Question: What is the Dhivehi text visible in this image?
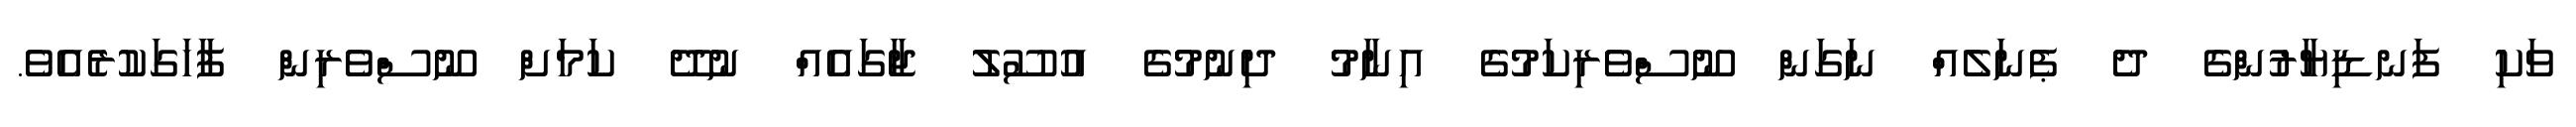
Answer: ވަކި ފަނޑިޔާރުންގެ ދެ ޕެނަލެއް ނަގަން ނޫސްވެރިކަމުގެ އިނާމު ދިނުމުގެ އުސޫލު ޖާގައެއް ނުދޭ ކަމަށް ނޫސްވެރިން ފާހަގަކުރެއެވެ.